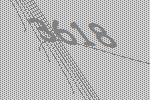
3618